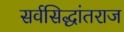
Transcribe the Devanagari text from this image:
सर्वसिद्धांतराज